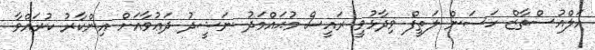
އަލްއުސްތާޒް ހަސަން ލަތީފް ވިދާޅުވީ ރައީސް މުޙައްމަދު ނަޝީދު ދަޢުވާއަށް އިންކާރު ކުރައްވާ